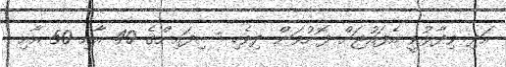
އަދި ވިދާޅުވީ އެފައުޖަށް ފޮނުވަން ދިވެހި ސިފައިންގެ 40 އާއި 50 އާއި